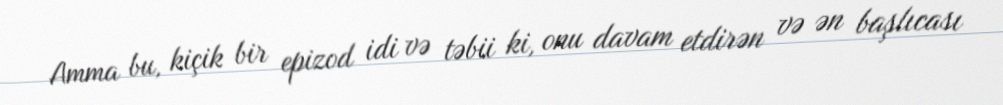
Amma bu, kiçik bir epizod idi və təbii ki, onu davam etdirən və ən başlıcası